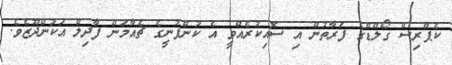
ކެޕްރިސް ގޯލްޑްގެ ފަރާތުން އި ސޮއިކުރެއްވީ އެ ކުންފުނީގެ ޗެއާމަން ފާދިލް އަކުންދޫޒެވެ.